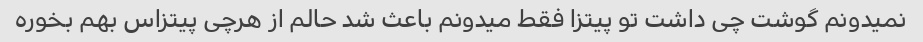
نمیدونم گوشت چی داشت تو پیتزا فقط میدونم باعث شد حالم از هرچی پیتزاس بهم بخوره